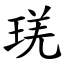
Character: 琷